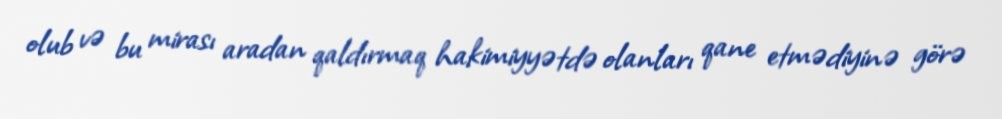
olub və bu mirası aradan qaldırmaq hakimiyyətdə olanları qane etmədiyinə görə